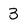
Character: 3